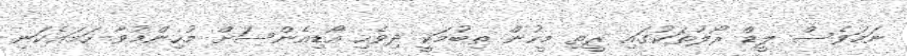
ނަމަވެސް ލީޑް ރޯލުތަކުގައި ރީތި މީހުން ތިބުމަކީ ދިވެހި އޯޑިއެންސަށް މުހިންމުވާ ހަމައެކަނި